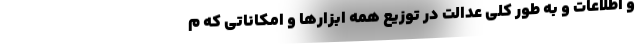
و اطلاعات و به طور کلی عدالت در توزیع همه ابزارها و امکاناتی که م